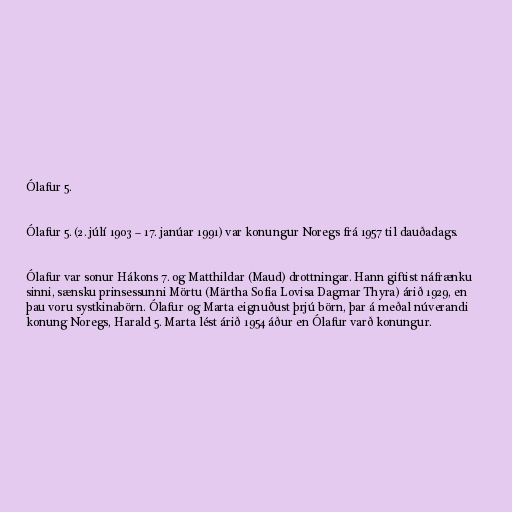
Ólafur 5.

Ólafur 5. (2. júlí 1903 – 17. janúar 1991) var konungur Noregs frá 1957 til dauðadags.

Ólafur var sonur Hákons 7. og Matthildar (Maud) drottningar. Hann giftist náfrænku
sinni, sænsku prinsessunni Mörtu (Märtha Sofia Lovisa Dagmar Thyra) árið 1929, en
þau voru systkinabörn. Ólafur og Marta eignuðust þrjú börn, þar á meðal núverandi
konung Noregs, Harald 5. Marta lést árið 1954 áður en Ólafur varð konungur.